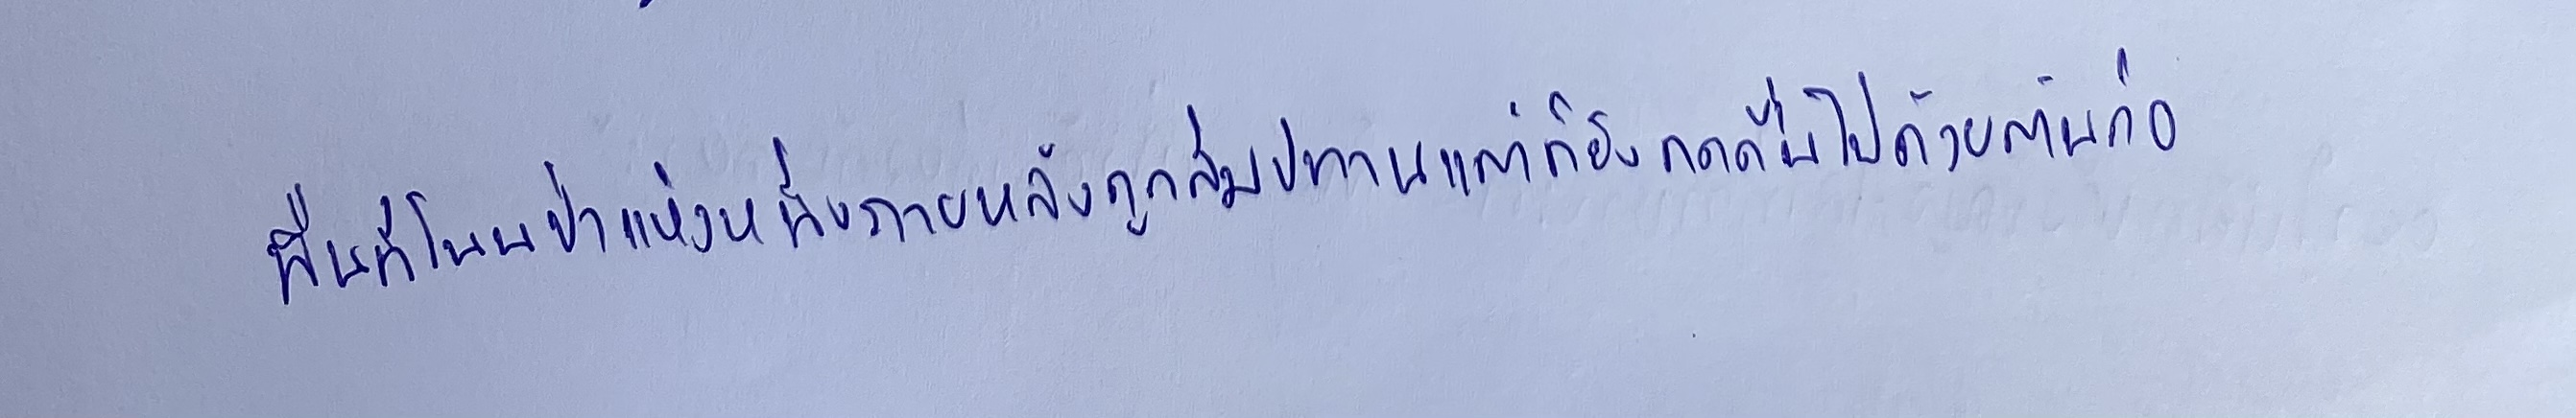
พื้นที่โนนป่าแห่งหนึ่งภายหลังถูกสัมปทานแต่ก็ยังดกดื่นไปด้วยต้นก่อ